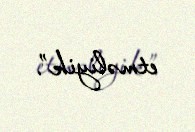
etməliyik”.